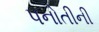
પનોતીની